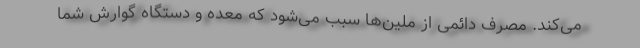
می‌کند. مصرف دائمی از ملین‌ها سبب می‌شود که معده و دستگاه گوارش شما